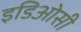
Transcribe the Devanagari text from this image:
इडिओसी